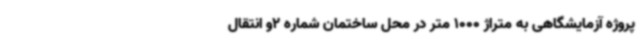
پروژه آزمایشگاهی به متراژ 1000 متر در محل ساختمان شماره 2و انتقال